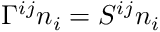
\Gamma ^ { i j } n _ { i } = { \cal S } ^ { i j } n _ { i }